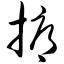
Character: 掮